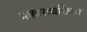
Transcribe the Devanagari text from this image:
प्रकारव्यक्तित्व